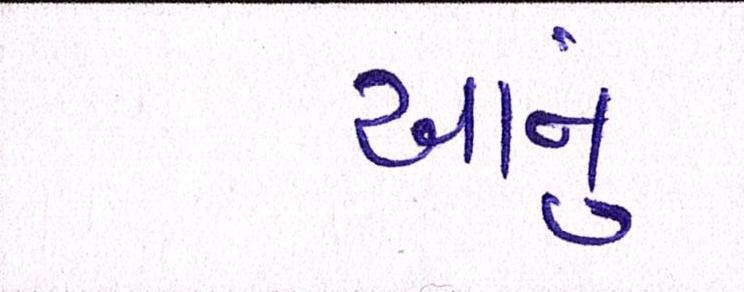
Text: આનું